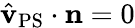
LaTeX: \hat{\mathbf{v}}_{\mathrm{PS}}\cdot\mathbf{n}=0